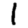
Digit: 1